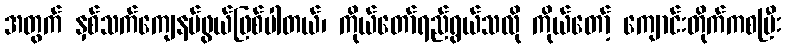
အတွက် နှစ်သက်ကျေနပ်ဖွယ်ဖြစ်ပါတယ်၊ ကိုယ်တော်ရည်ရွယ်သလို ကိုယ်တော့် ကျောင်းတိုက်ကစပြီး